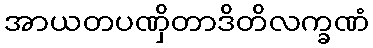
အာယတပဏှိတာဒိတိလက္ခဏံ